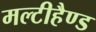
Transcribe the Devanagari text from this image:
मल्टीहैण्ड